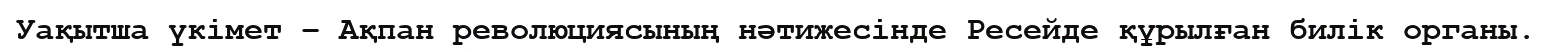
Уақытша үкімет – Ақпан революциясының нәтижесінде Ресейде құрылған билік органы.